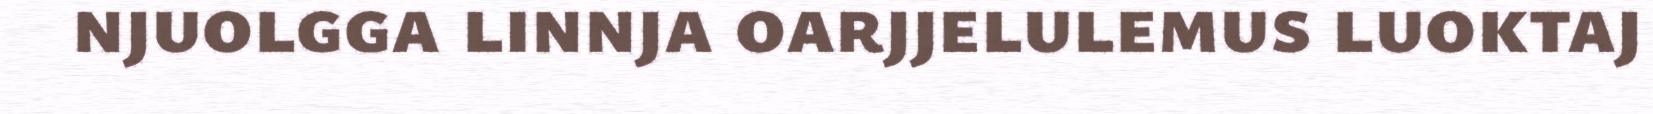
njuolgga linnja oarjjelulemus luoktaj